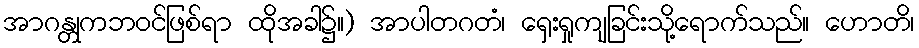
အာဂန္တုကဘဝင်ဖြစ်ရာ ထိုအခါ၌။) အာပါတဂတံ၊ ရှေးရှုကျခြင်းသို့ရောက်သည်။ ဟောတိ၊